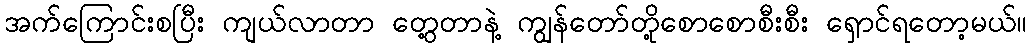
အက်ကြောင်းစပြီး ကျယ်လာတာ တွေ့တာနဲ့ ကျွန်တော်တို့စောစောစီးစီး ရှောင်ရတော့မယ်။